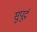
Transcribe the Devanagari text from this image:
सुुपूर्द